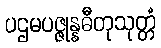
ပဌမပဇ္ဇုန္နဓီတုသုတ္တံ